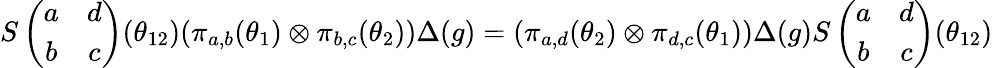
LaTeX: S\left(\begin{array}{cc}{{a}}&{{d}}\\ {{b}}&{{c}}\end{array}\right)(\theta_{12})(\pi_{a,b}(\theta_{1})\otimes\pi_{b,c}(\theta_{2}))\Delta(g)=(\pi_{a,d}(\theta_{2})\otimes\pi_{d,c}(\theta_{1}))\Delta(g)S\left(\begin{array}{cc}{{a}}&{{d}}\\ {{b}}&{{c}}\end{array}\right)(\theta_{12})